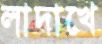
লাদাখে